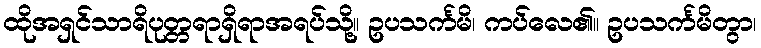
ထိုအရှင်သာရိပုတ္တရာရှိရာအရပ်သို့။ ဥပသင်္ကမိ၊ ကပ်လေ၏။ ဥပသင်္ကမိတွာ၊